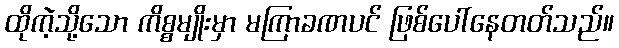
ထိုကဲ့သို့သော ကိစ္စမျိုးမှာ မကြာခဏပင် ဖြစ်ပေါ်နေတတ်သည်။